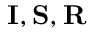
\mathbf { I } , \mathbf { S } , \mathbf { R }